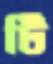
টি